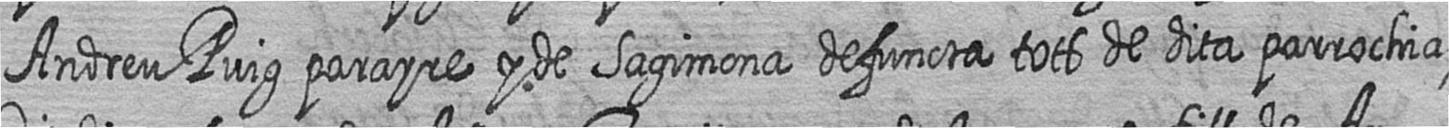
Andreu Puig parayre y de Sagimona defuncta tots de dita parrochia